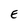
Character: E